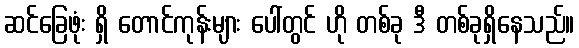
ဆင်ခြေဖုံး ရှိ တောင်ကုန်းများ ပေါ်တွင် ဟို တစ်ခု ဒီ တစ်ခုရှိနေသည်။